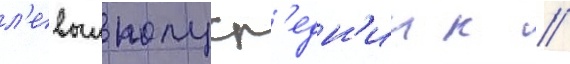
л'евыи полуср'едн'ии к //